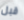
قبل